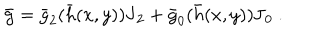
LaTeX: \bar { \mathbf { g } } = \bar { g } _ { 2 } ( \bar { h } ( x , y ) ) \mathbf { J } _ { 2 } + \bar { g } _ { 0 } ( \bar { h } ( x , y ) ) \mathbf { J } _ { 0 } ~ .